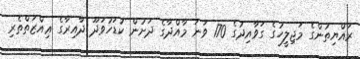
ރައްޔިތުންގެ މަޖިލީހުގެ ގަވާއިދުގެ 170 ވަނަ މާއްދާގެ ދަށުން ކުޑަހުވަދޫ ދާއިރާގެ ޢިއްޒަތްތެރި